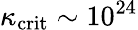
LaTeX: \kappa_{\mathrm{crit}}\sim 10^{24}